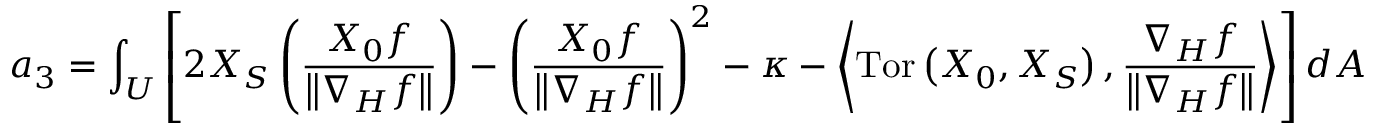
a _ { 3 } = \int _ { U } \left[ 2 X _ { S } \left( \frac { X _ { 0 } f } { \left\| \nabla _ { H } f \right\| } \right) - \left( \frac { X _ { 0 } f } { \left\| \nabla _ { H } f \right\| } \right) ^ { 2 } - \kappa - \left\langle \mathrm { T o r } \left( X _ { 0 } , X _ { S } \right) , \frac { \nabla _ { H } f } { \left\| \nabla _ { H } f \right\| } \right\rangle \right] d A _ { }